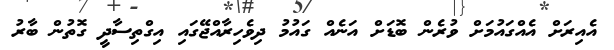
އެއިރަށް އެއްގައުމަށް ވުރެން ބޮޑަށް އަނެއް ގައުމު ދިވެހިރާއްޖޭގައި އިގްތިސާދީ ގޮތުން ބާރު